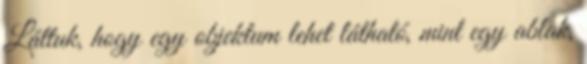
Láttuk, hogy egy objektum lehet látható, mint egy ablak,